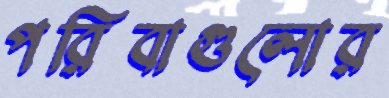
পরিবাগুলোর